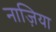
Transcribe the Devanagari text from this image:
नाज़िया